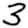
Digit: 3